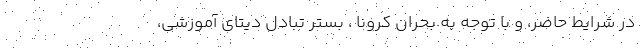
در شرایط حاضر، و با توجه به بحران کرونا ، بستر تبادل دیتای آموزشی،